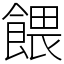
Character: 餵